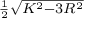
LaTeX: \scriptstyle { \frac { 1 } { 2 } } { \sqrt { K ^ { 2 } - 3 R ^ { 2 } } }